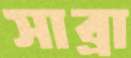
সাব্রা